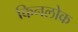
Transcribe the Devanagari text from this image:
किनलोक